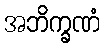
အဘိက္ခဏံ